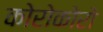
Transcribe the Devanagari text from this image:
कोरोकोरो